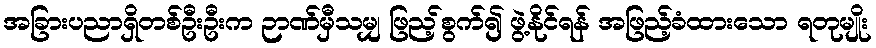
အခြားပညာရှိတစ်ဦးဦးက ဉာဏ်မှီသမျှ ဖြည့်စွက်၍ ဖွဲ့နိုင်ရန် အဖြည့်ခံထားသော ရတုမျိုး